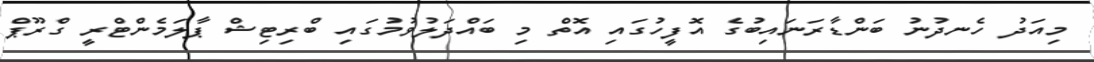
މިއަދު ހެނދުނު ބަންޑާރަނައިބުގެ އޮފީހުގައި އޮތް މި ބައްދަލުވުމުގައި ބްރިޓިޝް ޕާލަމެންޓްރީ ގްރޫޕް